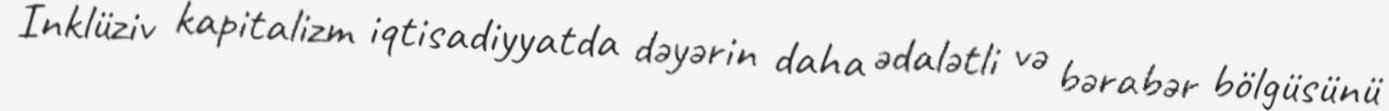
İnklüziv kapitalizm iqtisadiyyatda dəyərin daha ədalətli və bərabər bölgüsünü